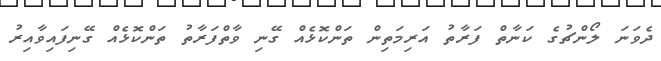
ދެވަނަ ލޯންޗުގެ ކަނާތް ފަރާތު އަރިމަތިން ތަންކޮޅެއް ގޭނި ވާތްފަރާތު ތަންކޮޅެއް ގޭނިފައިވާއިރު